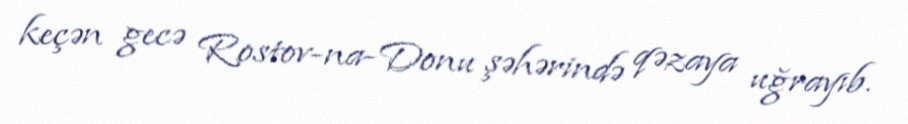
keçən gecə Rostov-na-Donu şəhərində qəzaya uğrayıb.